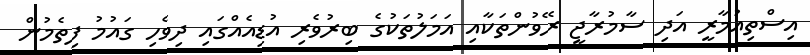
އިސްތިއުމާރީ އަދި ސާމުރާޖީ ރޭވުންތަކާއި އަމަލުތަކުގެ ބިރުވެރި އުޑިއެއްގައި ދިވެހި ގައުމު ފިތެމުން